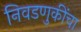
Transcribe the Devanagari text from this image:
निवडणुकींचा